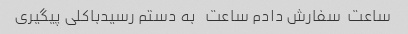
ساعت  سفارش دادم ساعت   به دستم رسیدباکلی پیگیری